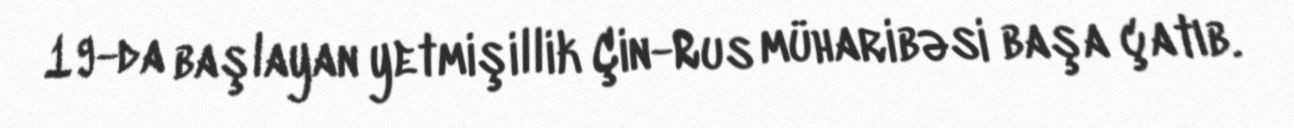
19-da başlayan yetmişillik Çin-Rus müharibəsi başa çatıb.